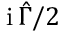
\mathrm { i } \, \hat { \Gamma } / 2